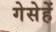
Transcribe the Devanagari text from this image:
गेसेहें